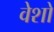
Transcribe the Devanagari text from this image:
वेशों